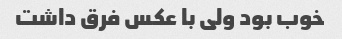
خوب بود ولی با عکس فرق داشت